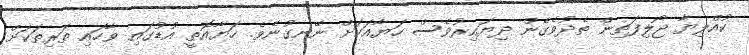
ކުއްލިޔާ ޖޯލިފަތިން ތެދުވެގެން ދިޔައިރުވެސް ހަޔާއަކަށް ނޭނގުނެވެ. ހަޔާއޮތީ އުޑުގައި ވާހައި ތަރިތަކަށް